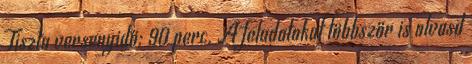
Tiszta versenyidő: 90 perc. A feladatokat többször is olvasd